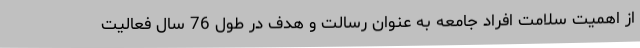
از اهمیت سلامت افراد جامعه به عنوان رسالت و هدف در طول 76 سال فعالیت